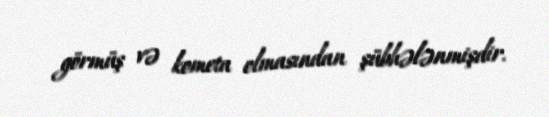
görmüş və kometa olmasından şübhələnmişdir.